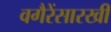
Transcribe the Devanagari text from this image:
वगैरेंसारखी